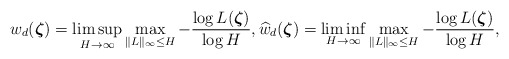
\begin{align*} w_{d}(\boldsymbol{\zeta})= \limsup_{H\to\infty}\max_{\Vert L\Vert_{\infty}\leq H} -\frac{\log L(\boldsymbol{\zeta})}{\log H}, \widehat{w}_{d}(\boldsymbol{\zeta})= \liminf_{H\to\infty}\max_{\Vert L\Vert_{\infty}\leq H}-\frac{\log L(\boldsymbol{\zeta})}{\log H},\end{align*}